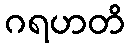
ဂရဟတိ